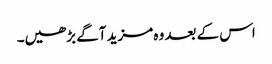
اس کے بعد وہ مزید آگے بڑھیں۔